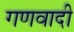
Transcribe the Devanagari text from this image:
गणवादी